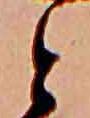
と